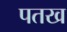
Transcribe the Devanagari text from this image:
पतख